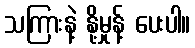
သကြားနဲ့ နို့မှုန့် ပေးပါ။